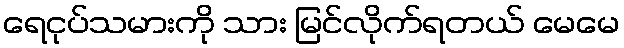
ရေငုပ်သမားကို သား မြင်လိုက်ရတယ် မေမေ